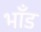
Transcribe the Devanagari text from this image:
भाँड